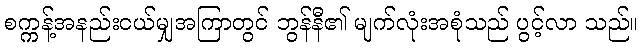
စက္ကန့်အနည်းငယ်မျှအကြာတွင် ဘွန်နီ၏ မျက်လုံးအစုံသည် ပွင့်လာ သည်။